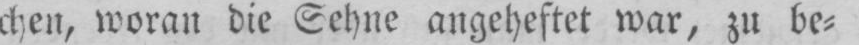
chen, woran die Sehne angeheftet war, zu be⸗